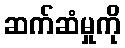
ဆက်ဆံမှုကို